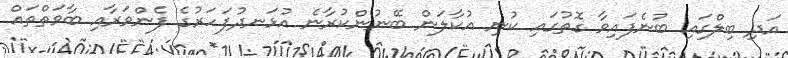
އަދި ބިލްގައި ބުނެފައިވާ ގޮތުގައި ކުނި އުކާލަން ބޭނުންކުރާނެ އުޅަނދުފަހަރުގެ ފެންވަރާއި ބާވަތްތައް